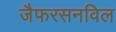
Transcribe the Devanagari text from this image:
जैफरसनविल